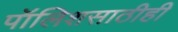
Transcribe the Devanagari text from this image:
पॉलिशसाठीही